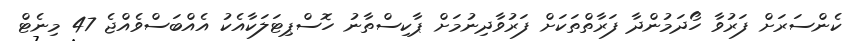
ކެންސަރަށް ފަރުވާ ހޯދަމުންދާ ފަރާތްތަކަށް ފަރުވާދިނުމަށް ޕާކިސްތާނު ހޮސްޕިޓަލަކާއެކު އެއްބަސްވެއްޖެ 47 މިނެޓް